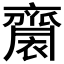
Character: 𪗋